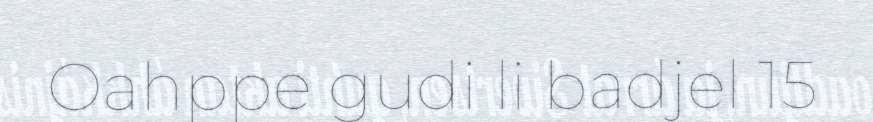
Oahppe gudi li badjel 15